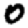
Digit: 0